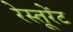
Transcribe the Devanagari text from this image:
रेस्तूरेंट